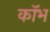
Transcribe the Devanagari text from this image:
कॉभ